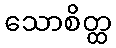
သောစိတ္ထ